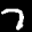
Label: 7